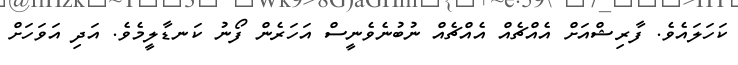
ކަހަލައެވެ. ފާރިޝްއަށް އެއްޗެއް އެއްޗެއް ނުބުނެވެނީސް އަހަރެން ފޯނު ކަނޑާލީމެވެ. އަދި އަވަހަށް